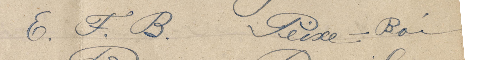
E.F.B. Peixe-Boi